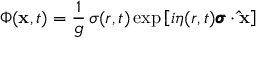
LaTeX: \Phi ( { \bf x } , t ) = \frac { 1 } { g } \, \sigma ( r , t ) \exp \left[ i \eta ( r , t ) { \pmb \sigma } \cdot { \bf \hat { x } } \right]